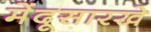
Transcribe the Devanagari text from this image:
मेंदूसारखे